Report on malaria in the Punjab during the year ...  together with an account of the work of the Punjab Malaria Bureau - Volume 6
Disease focus: Malaria
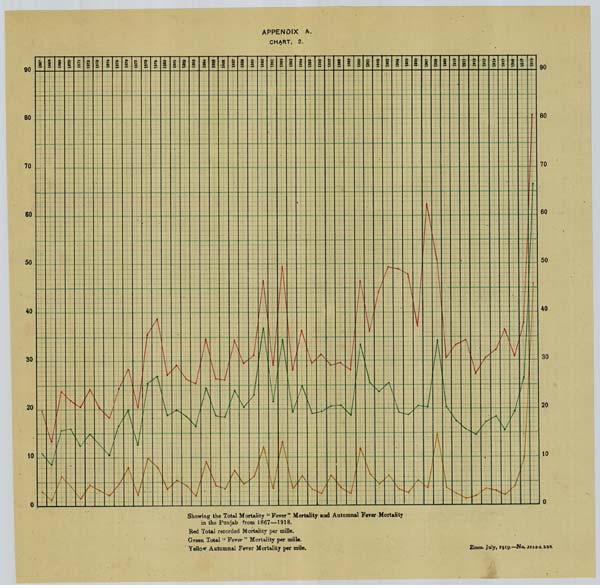
APPENDIX A.
CHART, 2.
Showing the Total Mortality "Fever" Mortality and Autumnal Fever Mortality
in the Punjab from 1867—1918.
Red Total recorded Mortality per mille.
Green Total "Fever" Mortality per mille.
Yellow Autumnal Fever Mortality per mile. Zinco, July, 1919.—No. 3265-3. 559.